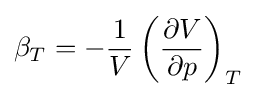
\beta _{T}=-{\frac {1}{V}}\left({\frac {\partial V}{\partial p}}\right)_{T}